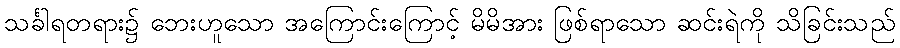
သင်္ခါရတရား၌ ဘေးဟူသော အကြောင်းကြောင့် မိမိအား ဖြစ်ရာသော ဆင်းရဲကို သိခြင်းသည်